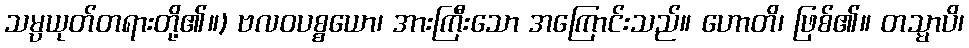
သမ္ပယုတ်တရားတို့၏။) ဗလဝပစ္စယော၊ အားကြီးသော အကြောင်းသည်။ ဟောတိ၊ ဖြစ်၏။ တသ္မာပိ၊